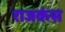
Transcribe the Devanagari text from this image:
राजकंस